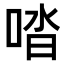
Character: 𠴲